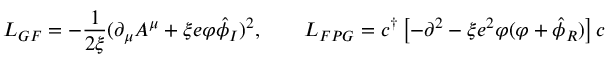
{ \cal L } _ { G F } = - \frac { 1 } { 2 \xi } ( \partial _ { \mu } A ^ { \mu } + \xi e \varphi \hat { \phi } _ { I } ) ^ { 2 } , \qquad { \cal L } _ { F P G } = c ^ { \dagger } \left[ - \partial ^ { 2 } - \xi e ^ { 2 } \varphi ( \varphi + \hat { \phi } _ { R } ) \right] c